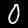
Label: 0